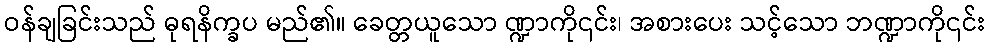
ဝန်ချခြင်းသည် ဓုရနိက္ခပ မည်၏။ ခေတ္တယူသော ဏ္ဍာကို၎င်း၊ အစားပေး သင့်သော ဘဏ္ဍာကို၎င်း